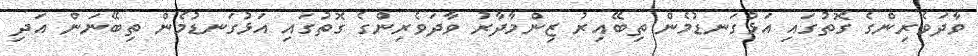
ވާދަވެރިންގެ ގޮތުގައި އަޅުގަނޑުމެން ތިބޭއިރު ޒިންމާދާރު ވާދަވެރިންގެ ގޮތުގައި އަޅުގަނޑުމެން ތިބޭނަން އަދި